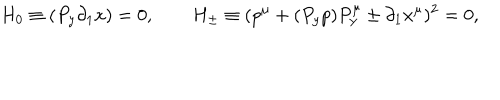
\qquad H _ { 0 } \equiv ( P _ { y } \partial _ { 1 } x ) = 0 , \qquad H _ { \pm } \equiv ( p ^ { \mu } + ( P _ { y } p ) P _ { y } ^ { \mu } \pm \partial _ { 1 } x ^ { \mu } ) ^ { 2 } = 0 ,